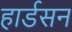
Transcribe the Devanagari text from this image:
हार्डसन